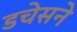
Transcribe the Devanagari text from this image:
डचेसने